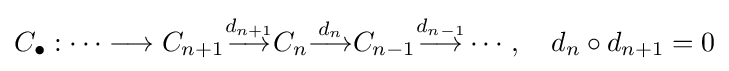
C_{\bullet }:\cdots \longrightarrow C_{n+1}{\stackrel {d_{n+1}}{\longrightarrow }}C_{n}{\stackrel {d_{n}}{\longrightarrow }}C_{n-1}{\stackrel {d_{n-1}}{\longrightarrow }}\cdots ,\quad d_{n}\circ d_{n+1}=0